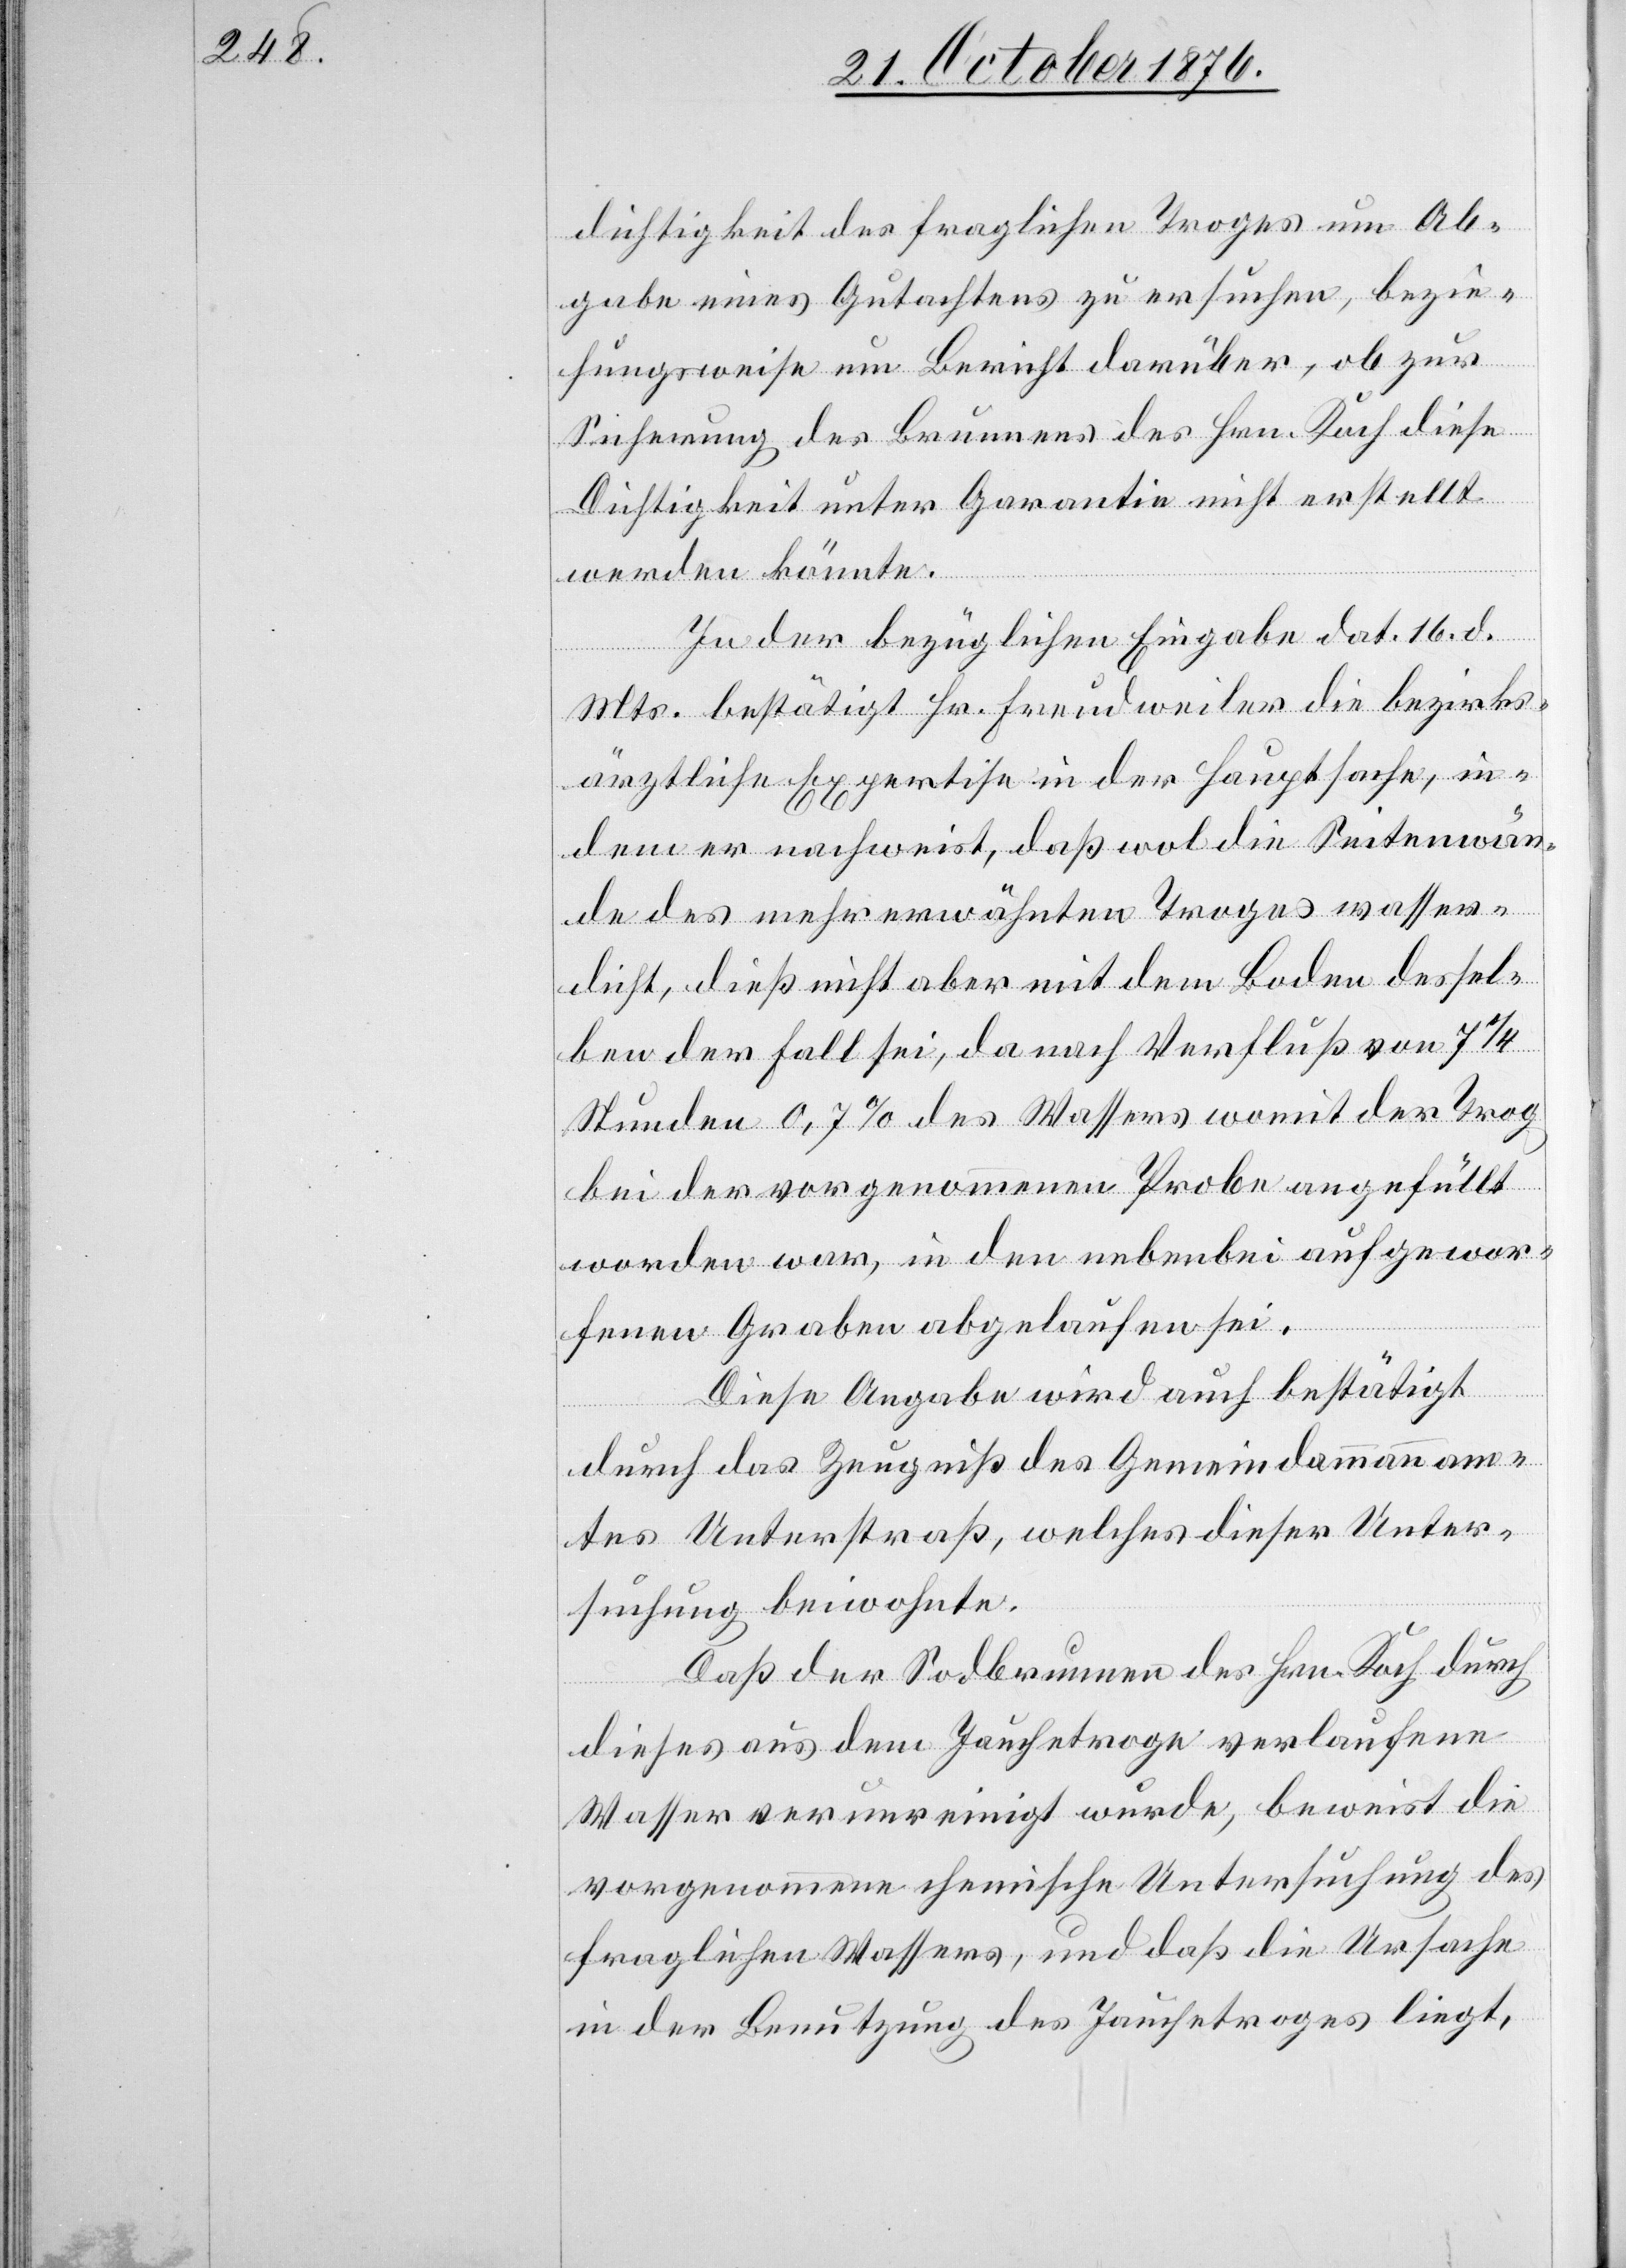
dichtigkeit des fraglichen Troges um Ab¬
gabe eines Gutachtens zu ersuchen, bezie¬
hungsweise um Bericht darüber, ob zur
Sicherung des Brunnens des Hrn. Koch diese
Dichtigkeit unter Garantie nicht erstellt
werden könnte.
In der bezüglichen Eingabe dat. 16. d.
Mts. bestätigt Hr. Freudweiler die bezirks¬
räthliche Expertise in der Hauptsache, in¬
dem er nachweist, daß wol die Seitenwän¬
de des mehrerwähnten Troges wasser¬
dicht, dieß nicht aber mit dem Boden dessel¬
ben der Fall sei, da nach Verfluß von 1 1/4
Stunden 0,7% des Wassers womit der Trog
bei der vorgenommenen Probe angefüllt
worden war, in den nebenbei aufgewor¬
fenen Graben abgelaufen sei.
Diese Angabe wird auch bestätigt
durch das Zeugniß des Gemeindammannam¬
tes Unterstraß, welches dieser Unter¬
suchung beiwohnte.
Daß der Sodbrunnen des Hrn. Koch durch
dieses aus dem Jauchetroge verlaufene
Wasser verunreinigt wurde, beweist die
vorgenommene chemische Untersuchung des
fraglichen Wassers, und daß die Ursache
in der Benutzung des Jauchetroges liegt,